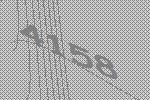
4158